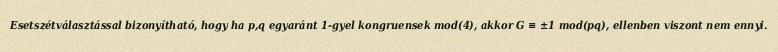
Esetszétválasztással bizonyítható, hogy ha p,q egyaránt 1-gyel kongruensek mod(4), akkor G ≡ ±1 mod(pq), ellenben viszont nem ennyi.